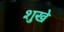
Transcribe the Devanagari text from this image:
शुखे